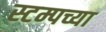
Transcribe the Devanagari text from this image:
स्टम्पच्या